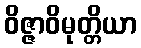
ဝိဇ္ဇာဝိမုတ္တိယာ